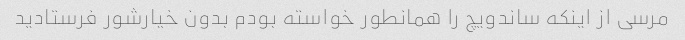
مرسی از اینکه ساندویچ را همانطور خواسته بودم بدون خیارشور فرستادید